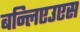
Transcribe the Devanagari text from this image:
बन्लिएउएस